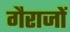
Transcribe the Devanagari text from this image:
गैराजों